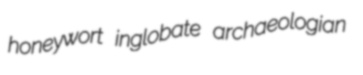
honeywort inglobate archaeologian